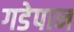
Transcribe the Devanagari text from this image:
गडेपान